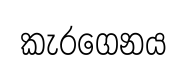
කැරගෙනය